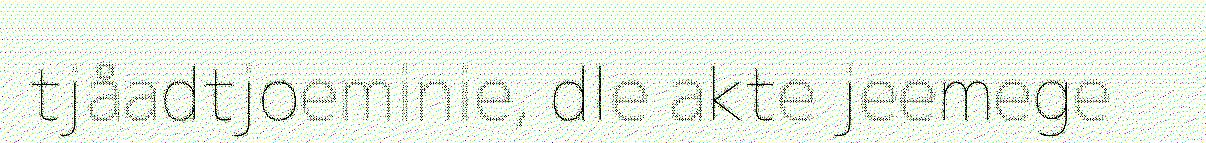
tjåadtjoeminie, dle akte jeemege